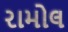
રામોલ